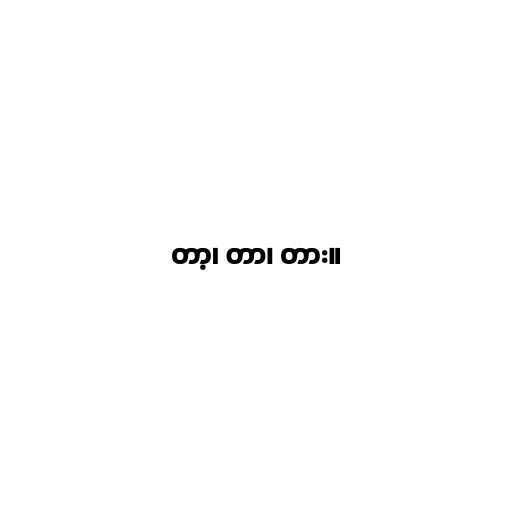
တာ့၊ တာ၊ တား။